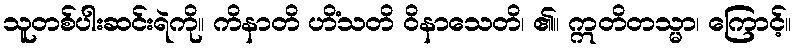
သူတစ်ပါးဆင်းရဲကို။ ကိနာတိ ဟိံသတိ ဝိနာသေတိ၊ ၏။ ဣတိတသ္မာ၊ ကြောင့်။